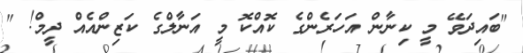
"ބައިދަވޭ މީ ކިނާން އަހަރެންގެ ކޮއްކޮ މީ އަނާލްގެ ކަޒިންއެއް ދީމް! "